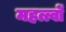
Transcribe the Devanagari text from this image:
महत्त्वों